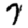
Digit: 7